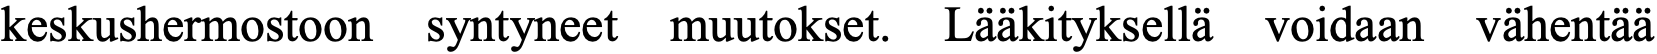
keskushermostoon syntyneet muutokset. Lääkityksellä voidaan vähentää